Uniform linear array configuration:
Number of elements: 8
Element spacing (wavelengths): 1
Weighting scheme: exponential
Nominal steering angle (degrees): -60
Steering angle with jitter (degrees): -60.15
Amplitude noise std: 0.05
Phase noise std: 0.05

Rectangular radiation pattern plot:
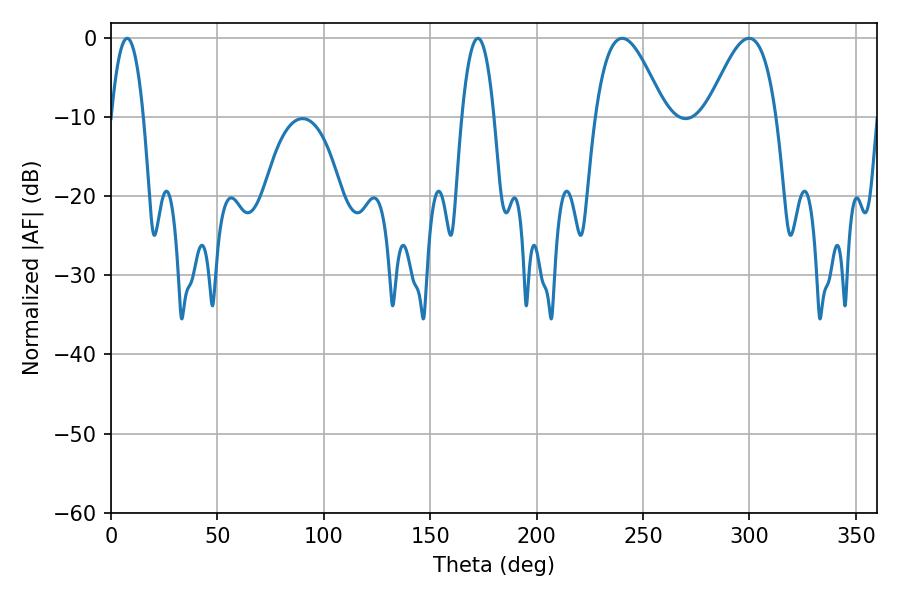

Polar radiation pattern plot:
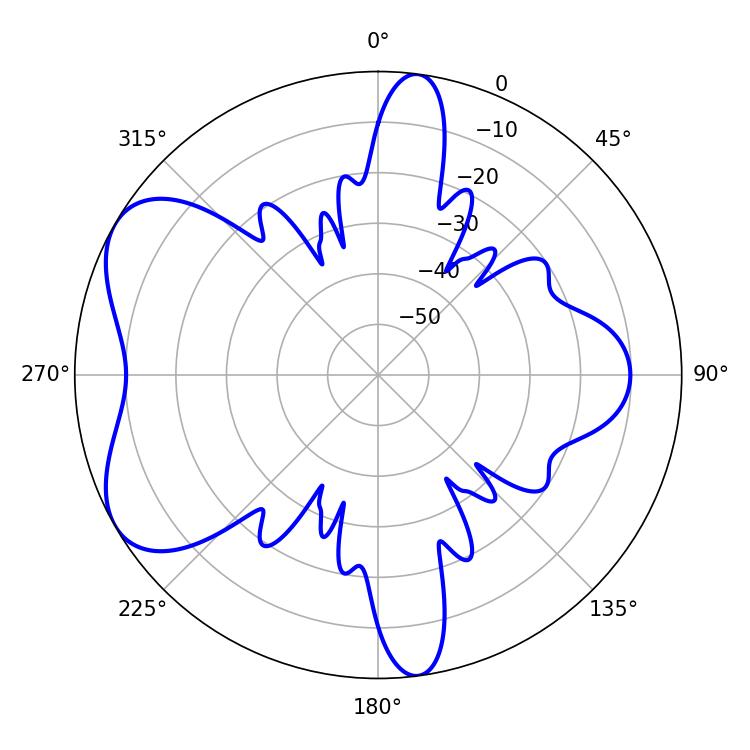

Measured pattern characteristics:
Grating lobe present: TRUE
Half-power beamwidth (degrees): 8.46
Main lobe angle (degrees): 7.56